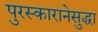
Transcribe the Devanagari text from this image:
पुरस्कारानेसुद्धा